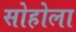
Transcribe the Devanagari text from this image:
सोहोला